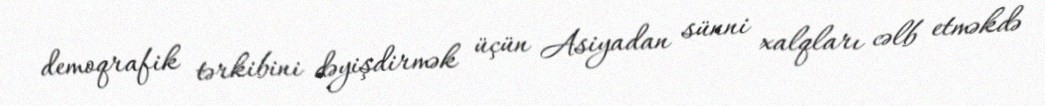
demoqrafik tərkibini dəyişdirmək üçün Asiyadan sünni xalqları cəlb etməkdə